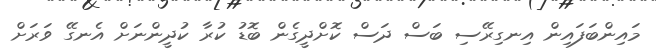
މައިންބަފައިން އިނގިރޭސި ބަސް ދަސް ކޮށްދީގެން ބޮޑު ކުރާ ކުދީންނަށް އެނގޭ ވަރަށް